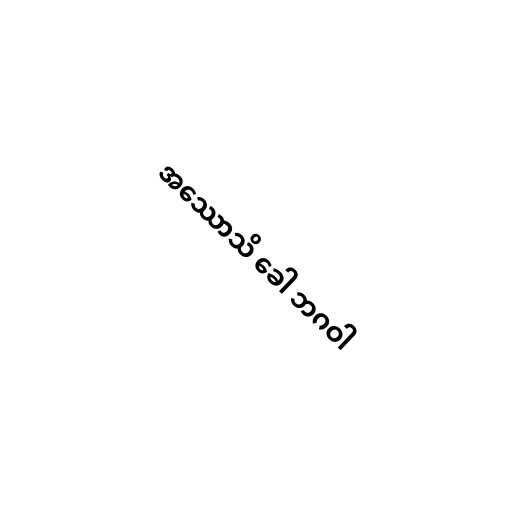
အဿောသိ ခေါ ဘဂဝါ